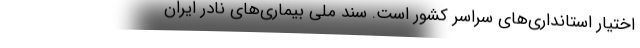
اختیار استانداری‌های سراسر کشور است. سند ملی بیماری‌های نادر ایران